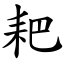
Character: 耙